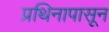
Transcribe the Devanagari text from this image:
प्रथिनापासून